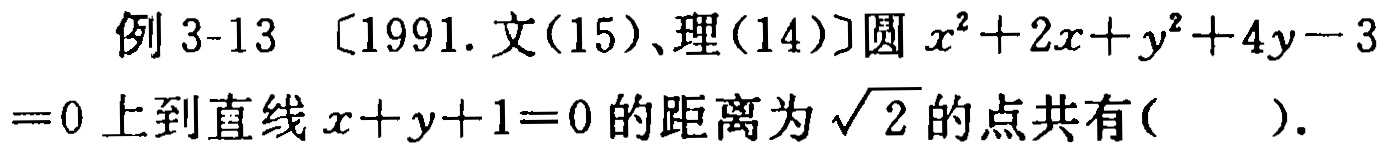
例 3-13 〔1991. 文(15)、理(14)〕圆 \(x^{2}+2x + y^{2}+4y - 3=0\) 上到直线 \(x + y + 1 = 0\) 的距离为 \(\sqrt{2}\) 的点共有( ).